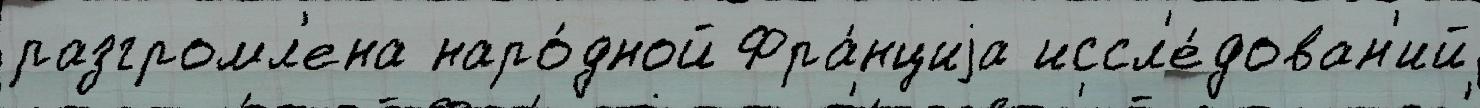
разгромл'ена наро́дной Фра́нциjа иссл'е́дован'ий